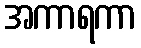
အကာရကာ